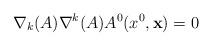
LaTeX: \begin{align*}\nabla_{k}(A)\nabla^{k}(A) A^{0}(x^{0}, {\bf x}) = 0\end{align*}